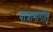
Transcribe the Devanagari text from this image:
पात्रामागील